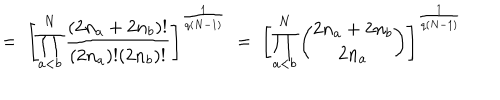
LaTeX: = \; \left[ \prod _ { a < b } ^ { N } \frac { ( 2 n _ { a } + 2 n _ { b } ) ! } { ( 2 n _ { a } ) ! ( 2 n _ { b } ) ! } \right] ^ { \frac { 1 } { q ( N - 1 ) } } \; = \; \left[ \prod _ { a < b } ^ { N } { \binom { 2 n _ { a } + 2 n _ { b } } { 2 n _ { a } } } \right] ^ { \frac { 1 } { q ( N - 1 ) } }